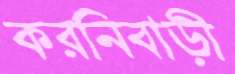
করনিবাড়ী